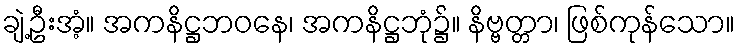
ချဲ့ဦးအံ့။ အကနိဋ္ဌဘဝနေ၊ အကနိဋ္ဌဘုံ၌။ နိဗ္ဗတ္တာ၊ ဖြစ်ကုန်သော။